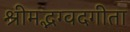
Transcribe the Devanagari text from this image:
श्रीमद्भग्वदगीता